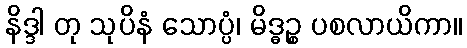
နိဒ္ဒါ တု သုပိနံ သောပ္ပံ၊ မိဒ္ဓဉ္စ ပစလာယိကာ။